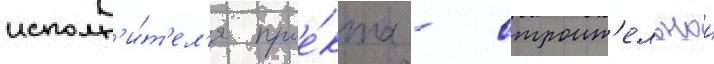
исполн'и́т'ел'я прое́кта - строит'ельнои